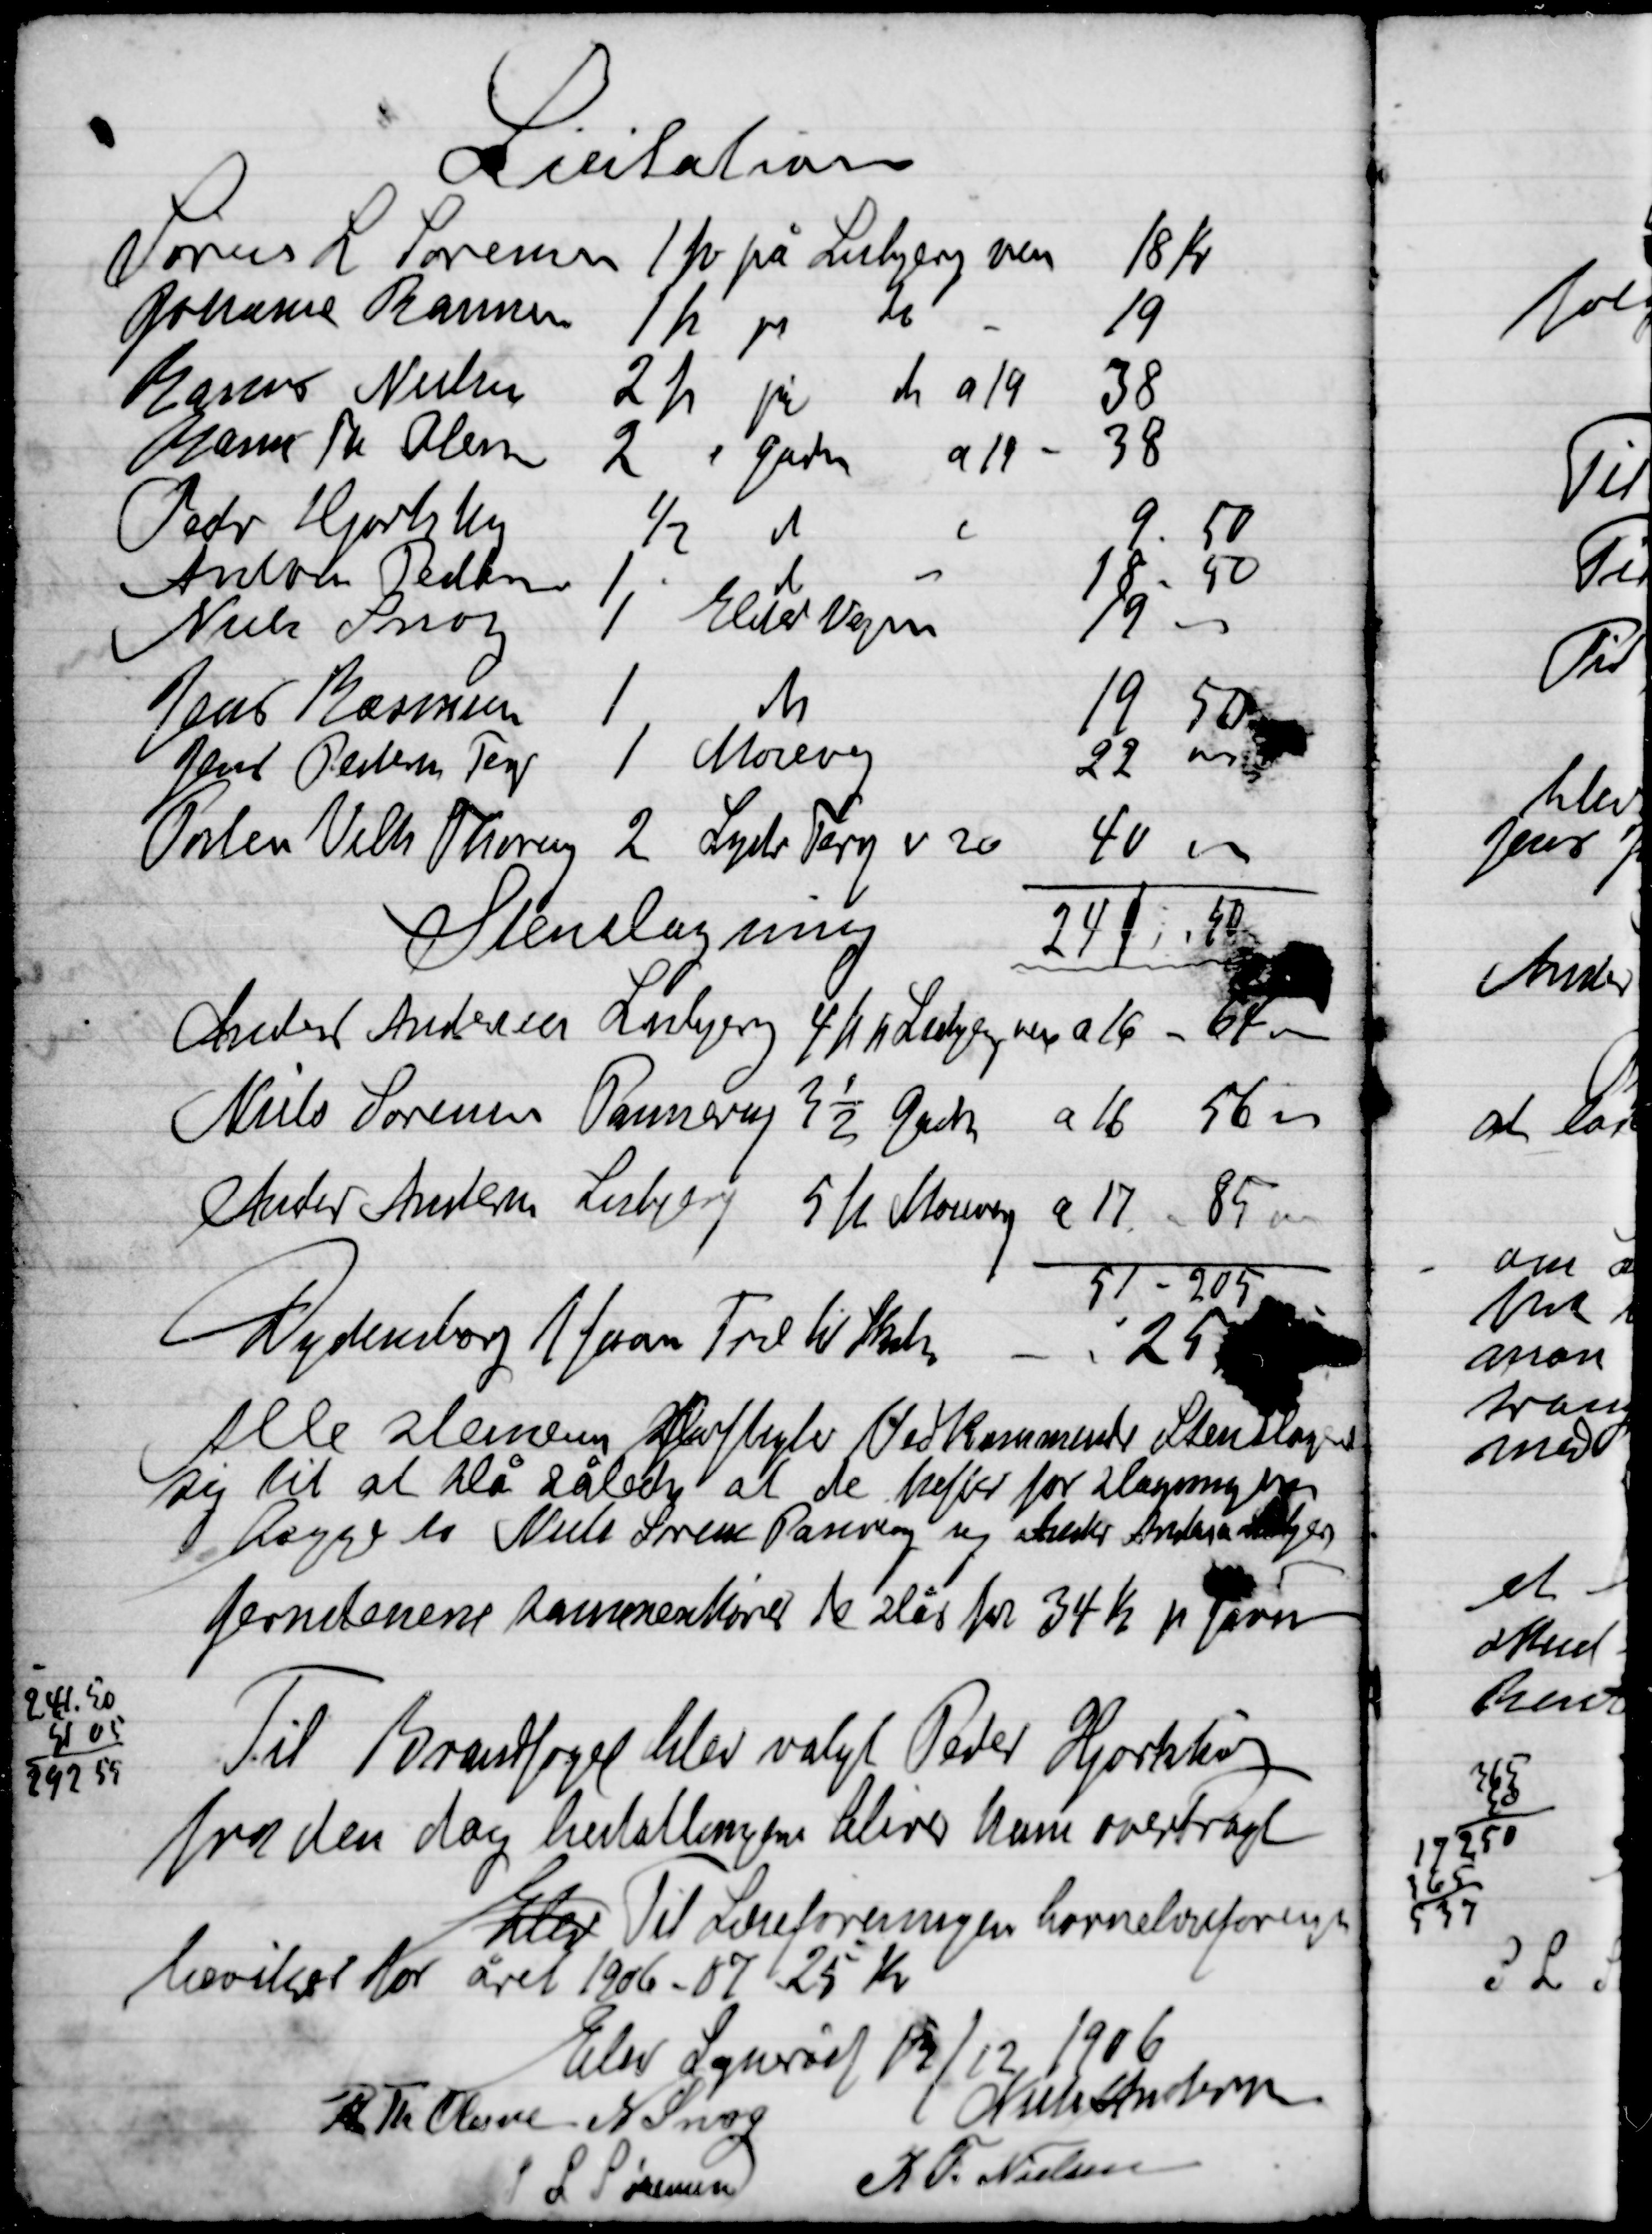
Transskription:
Alle stenene  Ved Kommende stenslagning
Sig til at slå således at de hæfter for Slagningen
 er Niels Sørensen Pannerup vej 
Jernstenene sammenkørd de slås for 34 kr. pr. favn

Til Brandfoged blev valgt Peder Hjortshøj
Fra den dag bestillingen bliver ham overdraget

Elev Til Liseforeningen barnehaveforening
Hvilket for året 1906-07 25 Kr.

Elev Sogneråd 19/12 1906

R. Th. Olesen
N. Snog
Niels Andersen
S. L. Sørensen
R. F. Nielsen